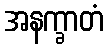
အနက္ခာတံ